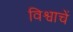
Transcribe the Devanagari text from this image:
विश्वाचें